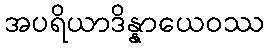
အပရိယာဒိန္နာယေဝဿ